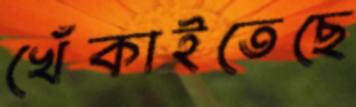
খেঁকাইতেছে